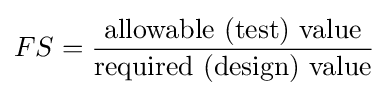
FS={\frac {\text{allowable (test) value}}{\text{required (design) value}}}